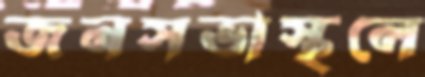
জনসভাস্থলে